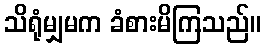
သိရုံမျှမက ခံစားမိကြသည်။